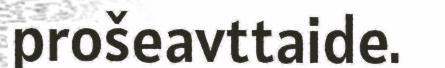
prošeavttaide.